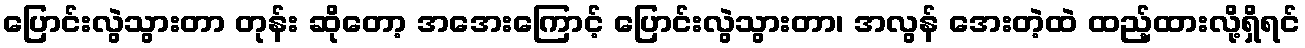
ပြောင်းလွဲသွားတာ တုန်း ဆိုတော့ အအေးကြောင့် ပြောင်းလွဲသွားတာ၊ အလွန် အေးတဲ့ထဲ ထည့်ထားလို့ရှိရင်